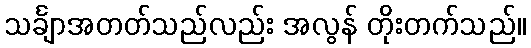
သင်္ချာအတတ်သည်လည်း အလွန် တိုးတက်သည်။